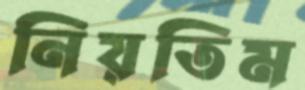
নিয়তিম